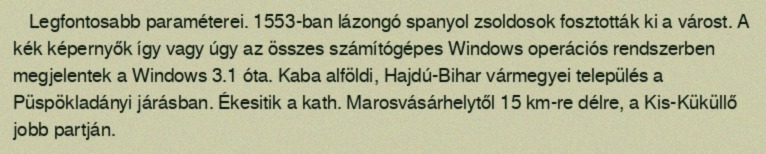
Legfontosabb paraméterei. 1553-ban lázongó spanyol zsoldosok fosztották ki a várost. A kék képernyők így vagy úgy az összes számítógépes Windows operációs rendszerben megjelentek a Windows 3.1 óta. Kaba alföldi, Hajdú-Bihar vármegyei település a Püspökladányi járásban. Ékesitik a kath. Marosvásárhelytől 15 km-re délre, a Kis-Küküllő jobb partján.